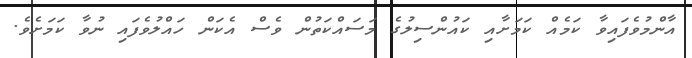
އާންމުވެފައިވާ ކަމެއް ކަމަށާއި ކައުންސިލުގެ މަސައްކަތުން ވެސް އެކަން ހައްލުވެފައި ނުވާ ކަމަށެވެ.